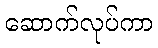
ဆောက်လုပ်ကာ